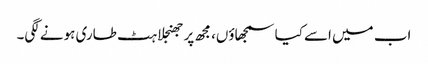
اب میں اسے کیا سمجھاؤں، مجھ پر جھنجلاہٹ طاری ہونے لگی۔